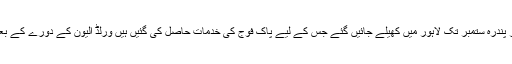
یا د رہے ورلڈ الیون بمامقابلہ پاکستان کے میچ بارہ ستمبر اور پندرہ ستمبر تک لاہور میں کھیلے جائیں گئے جس کے لیے پاک فوج کی خدمات حاصل کی گئیں ہیں ورلڈ الیون کے دورے کے بعد ویسٹ انڈیز او ر سری لنکا کا دورہ پاکستان بھی متوقع ہے۔